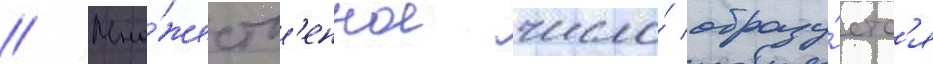
// Мно́жеств'енное число́ образу́етс'я